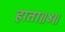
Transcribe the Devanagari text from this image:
हाता॥४॥